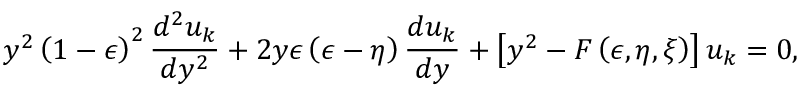
y ^ { 2 } \left( 1 - \epsilon \right) ^ { 2 } { \frac { d ^ { 2 } u _ { k } } { d y ^ { 2 } } } + 2 y \epsilon \left( \epsilon - \eta \right) { \frac { d u _ { k } } { d y } } + \left[ y ^ { 2 } - F \left( \epsilon , \eta , \xi \right) \right] u _ { k } = 0 ,